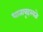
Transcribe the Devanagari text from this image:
धाताबृहस्पतेः